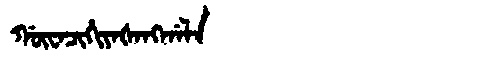
Manchu: ᡤᡡᠸᠠᠴᡳᡥᡳᠶᠠᡧᠠᠩᡤᠠᠯᠠ
Romanization: GŪWACIHIYAŠANGGALA